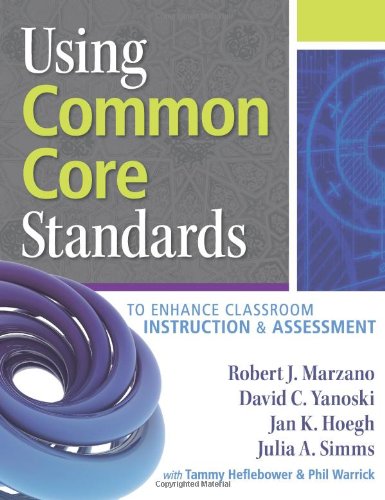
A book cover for Using Common Core Standards to Enhance Classroom Instruction & Assessment; Robert J. Marzano; Education & Teaching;